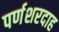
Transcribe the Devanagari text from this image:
पर्णशरदाह